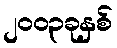
၂၀၀၃ခုနှစ်